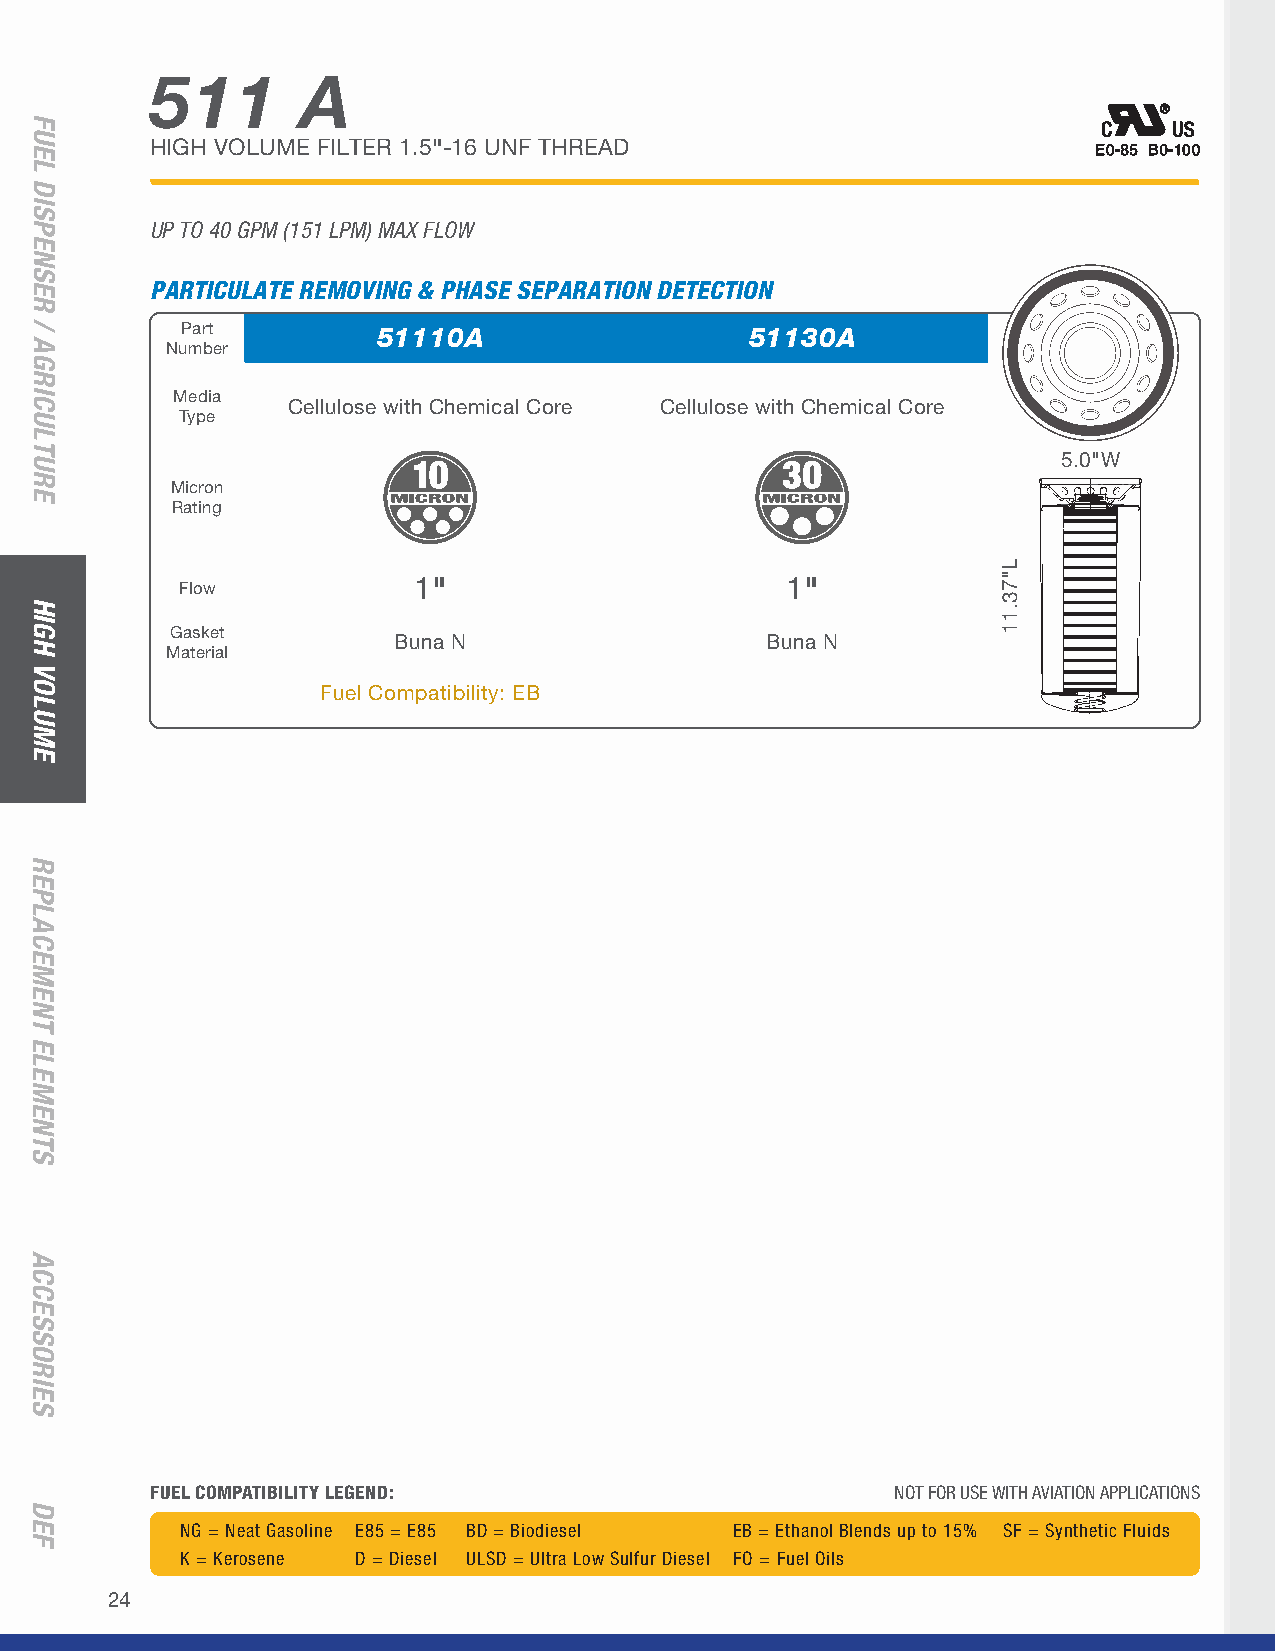
511       A
 HIGH VOLUME FILTER 1.5"-16 UNF THREAD
 UP TO 40 GPM (151 LPM) MAX FLOW
 PARTICULATE REMOVING & PHASE SEPARATION DETECTION
 Part         51110A                   51130A
 Number
 Media
 Cellulose with Chemical Core Cellulose with Chemical Core
 Type
 5.0"W
 Micron
 Rating
 Flow
 1"                       1"
 Gasket
 Buna N                   Buna N
 Material
 Fuel Compatibility: EB
 FUEL COMPATIBILITY LEGEND:                       NOT FOR USE WITH AVIATION APPLICATIONS
 NG = Neat Gasoline E85 = E85 BD = Biodiesel EB = Ethanol Blends up to 15% SF = Synthetic Fluids
 K = Kerosene D = Diesel ULSD = Ultra Low Sulfur Diesel FO = Fuel Oils
 24
 FUEL
 DISPENSER
 /
 AGRICULTURE
 HIGH
 VOLUME
 REPLACEMENT
 ELEMENTS
 ACCESSORIES
 DEF
 L"73.11